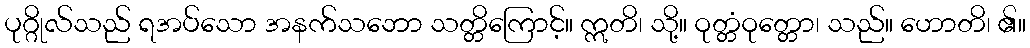
ပုဂ္ဂိုလ်သည် ရအပ်သော အနက်သဘော သတ္တိကြောင့်။ ဣတိ၊ သို့။ ဝုတ္တံဝုတ္တော၊ သည်။ ဟောတိ၊ ၏။